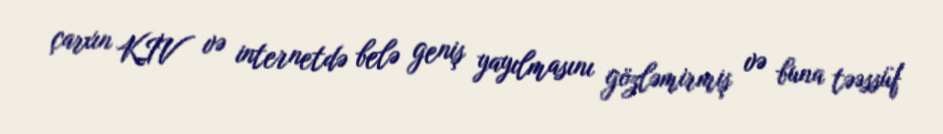
çarxın KİV və internetdə belə geniş yayılmasını gözləmirmiş və buna təəssüf